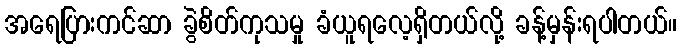
အရေပြားကင်ဆာ ခွဲစိတ်ကုသမှု ခံယူရလေ့ရှိတယ်လို့ ခန့်မှန်းရပါတယ်။